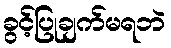
ခွင့်ပြုချက်မရဘဲ